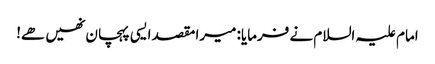
امام علیہ السلام نے فرمایا: میرا مقصد ایسی پہچان نھیں ھے!